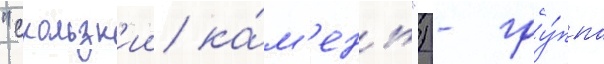
"скользк'ии ка́м'ень") - гру́ппа